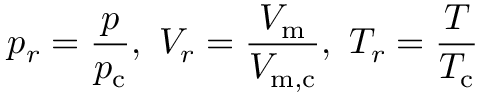
\ p _ { r } = { \frac { p } { p _ { \mathrm { c } } } } , \ V _ { r } = { \frac { V _ { \mathrm { m } } } { V _ { \mathrm { m , c } } } } , \ T _ { r } = { \frac { T } { T _ { \mathrm { c } } } }